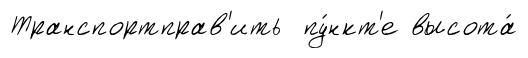
Транспортправ'ить пу́нкт'е высота́